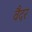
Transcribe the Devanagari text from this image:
वैदर